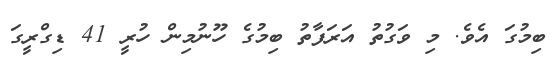
ބިމުގަ އެވެ. މި ވަގުތު އަރަފާތު ބިމުގެ ހޫނުމިން ހުރީ 41 ޑިގްރީގަ